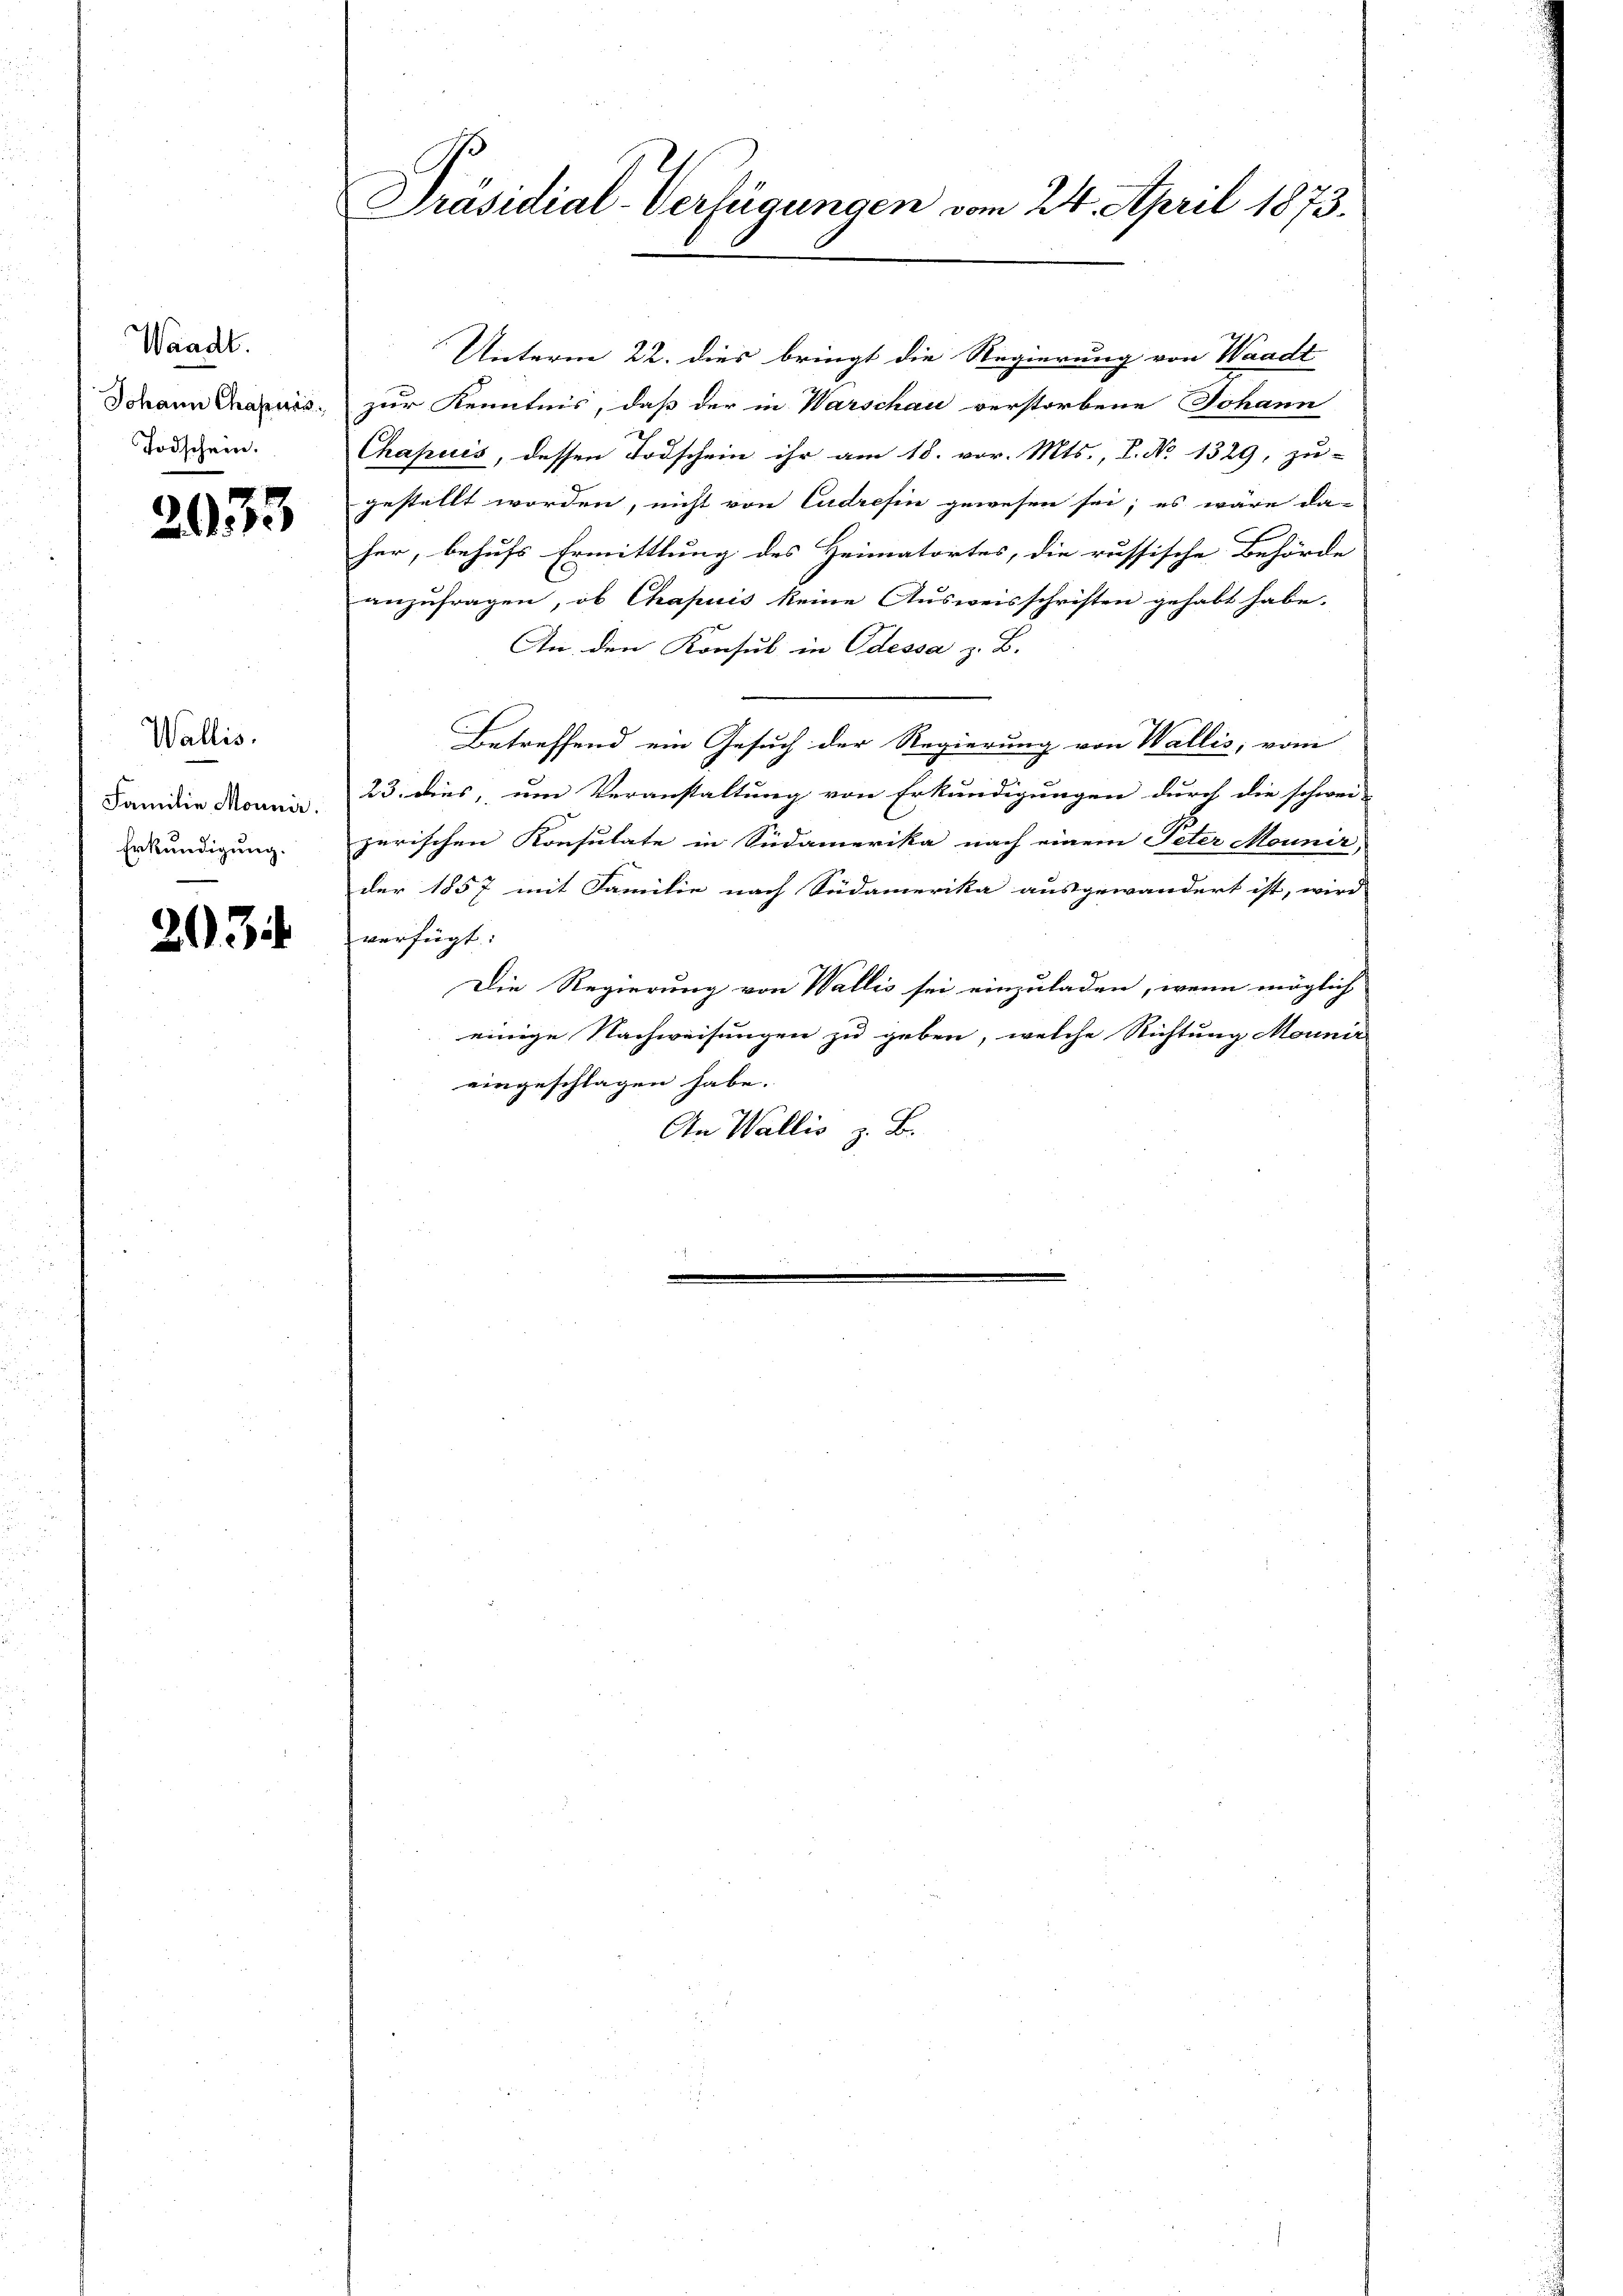
Waadt.
Johann Chasens
Todschein.

2033

Wallis.
Familie Monnir.
Erkundigung.

203

Präsidial-Verfügungen vom 24. April 1873.

Unterm 22. dies bringt die Regierung von Waadt
zur Kenntnis, daß der in Warschau verstorbene Johann
Chapuis, dessen Todschein ihr am 18. vor. Mts., P. No 1329, zu-
gestellt worden, nicht von Cudrefin gewesen sei; es wäre da-
her, behufs Ermittlung des Heimatortes, die russische Behörde
anzufragen, ob Chapuis keine Ausweisschriften gehabt habe.
An den Konsul in Odessa z. B.
Betreffend ein Gesuch der Regierung von Wallis, vom
23. dies, um Veranstaltung von Erkundigungen durch die schwei-
zerischen Konsulate in Südamerika nach einem Peter Mounir,
der 1857 mit Familie nach Südamerika ausgewandert ist, wird
verfügt:
Die Regierung von Wallis sei einzuladen, wenn möglich
einige Nachweisungen zu geben, welche Richtung Monnir
eingeschlagen habe.
An Wallis z. B.